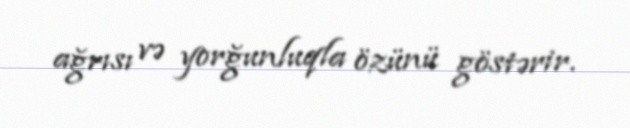
ağrısı və yorğunluqla özünü göstərir.